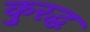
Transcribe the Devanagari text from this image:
कु्रद्ध